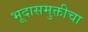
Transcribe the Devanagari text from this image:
भूदासमुक्तीचा